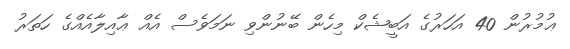
ޢުމުރުން 40 އަހަރުގެ އަބީޝެކް މިހެން ބޭނުންވި ނަމަވެސް އެއް ޢާއިލާއެއްގެ ހަތަރު